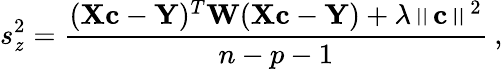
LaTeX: s_{\mathit{z}}^{2}=\frac{{(\textbf{{X}}\textbf{{c}}-\textbf{{Y}})^{T}\textbf{{W}}(\textbf{{X}}\textbf{{c}}-\textbf{{Y}})+\lambda\left\| \textbf{{c}}\right\| ^{2}}}{{n-p-1}}\: ,